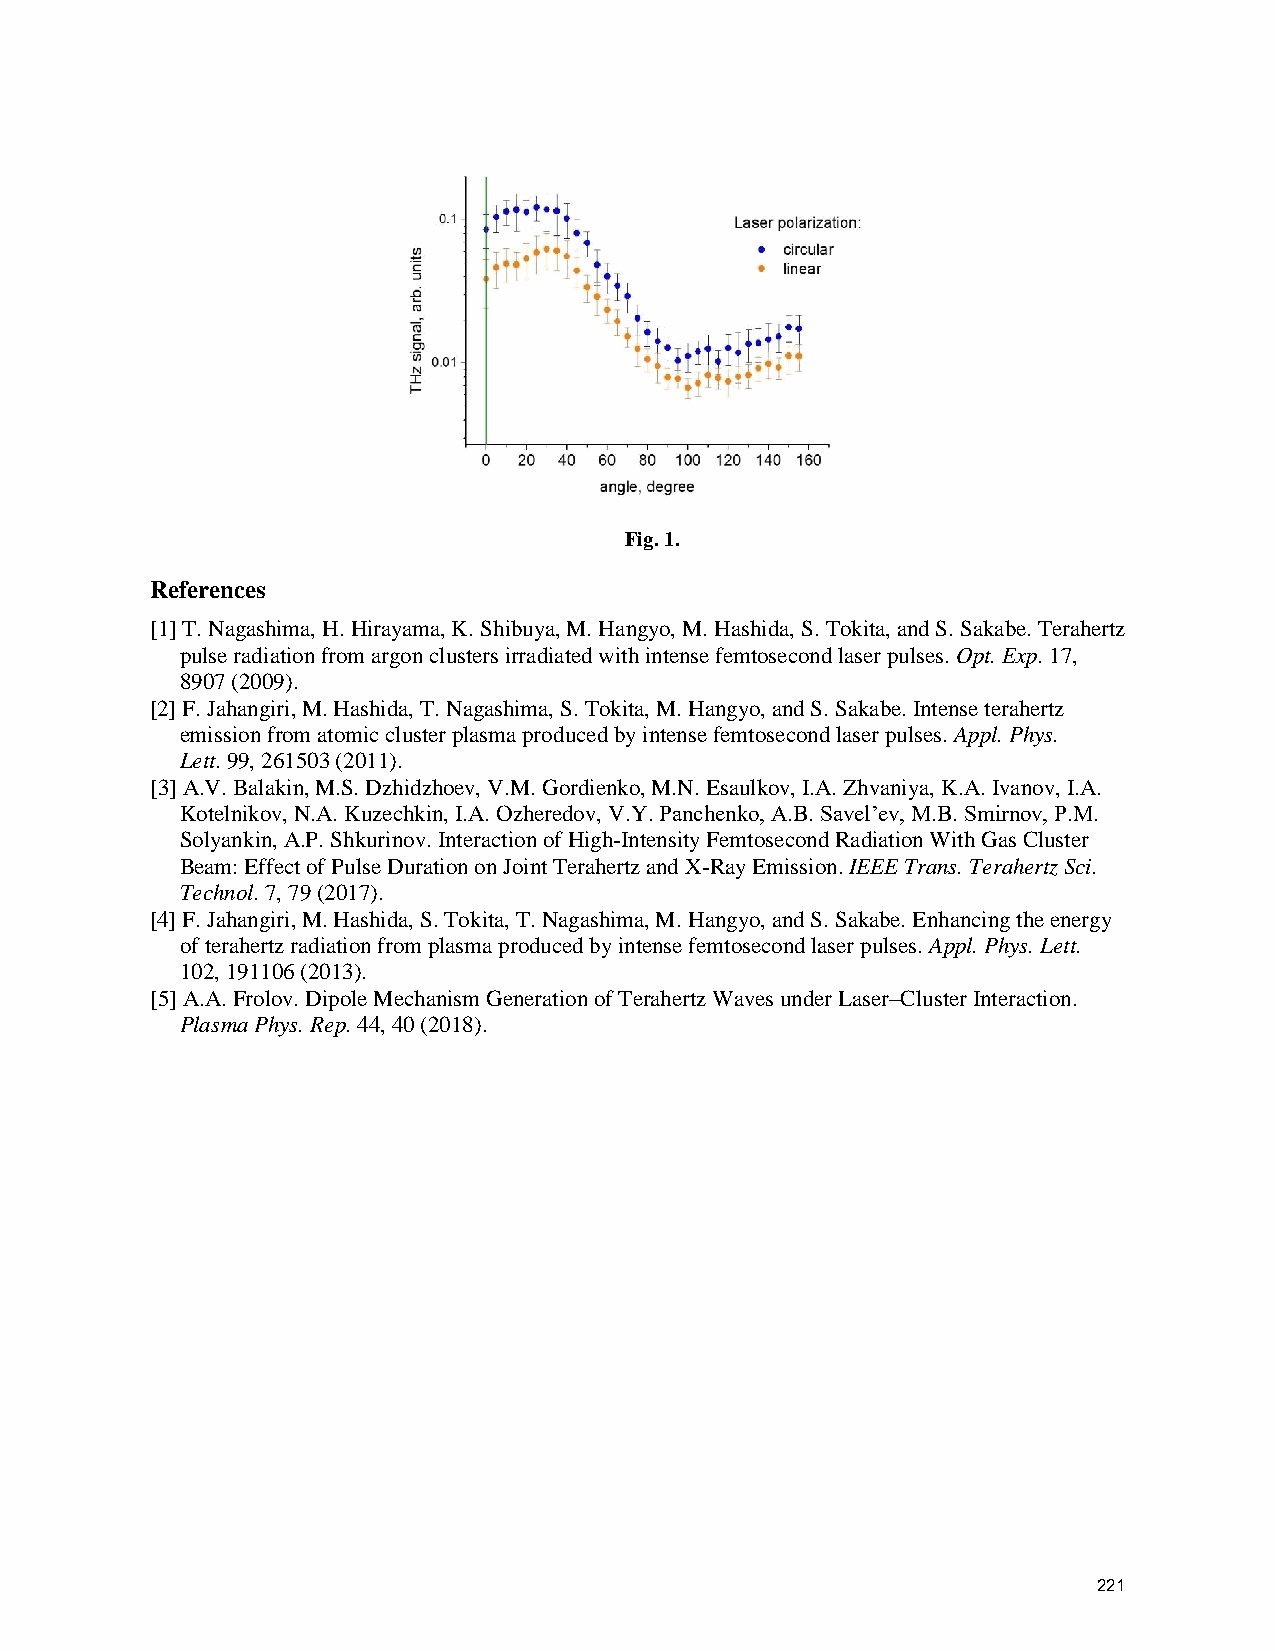
Fig. 1.
 References
 [1] T. Nagashima, H. Hirayama, K. Shibuya, M. Hangyo, M. Hashida, S. Tokita, and S. Sakabe. Terahertz
 pulse radiation from argon clusters irradiated with intense femtosecond laser pulses. Opt. Exp. 17,
 8907 (2009).
 [2] F. Jahangiri, M. Hashida, T. Nagashima, S. Tokita, M. Hangyo, and S. Sakabe. Intense terahertz
 emission from atomic cluster plasma produced by intense femtosecond laser pulses. Appl. Phys.
 Lett. 99, 261503 (2011).
 [3] A.V. Balakin, M.S. Dzhidzhoev, V.M. Gordienko, M.N. Esaulkov, I.A. Zhvaniya, K.A. Ivanov, I.A.
 Kotelnikov, N.A. Kuzechkin, I.A. Ozheredov, V.Y. Panchenko, A.B. Savel’ev, M.B. Smirnov, P.M.
 Solyankin, A.P. Shkurinov. Interaction of High-Intensity Femtosecond Radiation With Gas Cluster
 Beam: Effect of Pulse Duration on Joint Terahertz and X-Ray Emission. IEEE Trans. Terahertz Sci.
 Technol. 7, 79 (2017).
 [4] F. Jahangiri, M. Hashida, S. Tokita, T. Nagashima, M. Hangyo, and S. Sakabe. Enhancing the energy
 of terahertz radiation from plasma produced by intense femtosecond laser pulses. Appl. Phys. Lett.
 102, 191106 (2013).
 [5] A.A. Frolov. Dipole Mechanism Generation of Terahertz Waves under Laser–Cluster Interaction.
 Plasma Phys. Rep. 44, 40 (2018).
 221